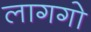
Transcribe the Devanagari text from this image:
लागगो